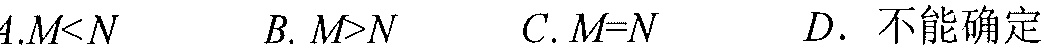
$A.M<N\quad B.M > N\quad C.M = N\quad D.$ 不能确定